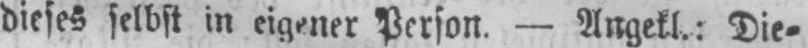
dieses selbst in eigener Person. - Angekl.: Die⸗